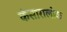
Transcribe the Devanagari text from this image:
कंसारालोक